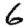
Digit: 6